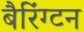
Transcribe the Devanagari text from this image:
बैरिंग्टन